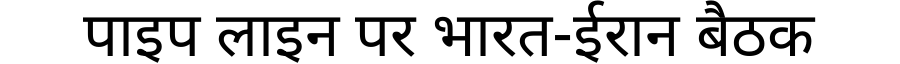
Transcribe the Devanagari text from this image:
पाइप लाइन पर भारत-ईरान बैठक